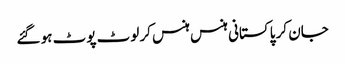
جان کر پاکستانی ہنس ہنس کر لوٹ پوٹ ہو گئے